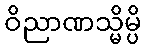
ဝိညာဏသ္မိမ္ပိ